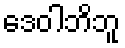
ဒေဝါဘိဘူ